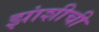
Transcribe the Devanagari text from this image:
झांशीची